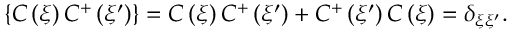
\left\{ C \left( \xi \right) C ^ { + } \left( \xi ^ { \prime } \right) \right\} = C \left( \xi \right) C ^ { + } \left( \xi ^ { \prime } \right) + C ^ { + } \left( \xi ^ { \prime } \right) C \left( \xi \right) = \delta _ { \xi \xi ^ { \prime } } .